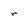
Character: r